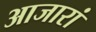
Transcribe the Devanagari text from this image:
आजारां